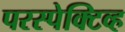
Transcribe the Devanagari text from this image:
परस्पेक्टिव्ह